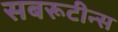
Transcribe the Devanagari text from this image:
सबरूटीन्स